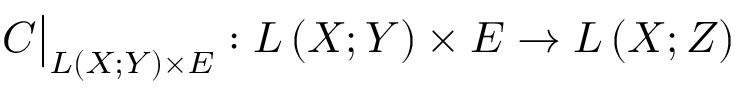
C { \big \vert } _ { L \left( X ; Y \right) \times E } : L \left( X ; Y \right) \times E \to L \left( X ; Z \right)